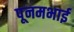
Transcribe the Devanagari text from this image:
पूनमभाई